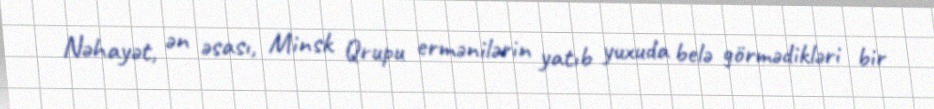
Nəhayət, ən əsası, Minsk Qrupu ermənilərin yatıb yuxuda belə görmədikləri bir